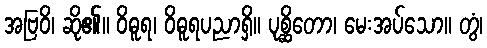
အဗြဝိ၊ ဆို၏။ ဝိဓူရ၊ ဝိဓူရပညာရှိ။ ပုစ္ဆိတော၊ မေးအပ်သော။ တွံ၊